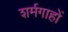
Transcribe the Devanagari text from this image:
शर्मगाहों